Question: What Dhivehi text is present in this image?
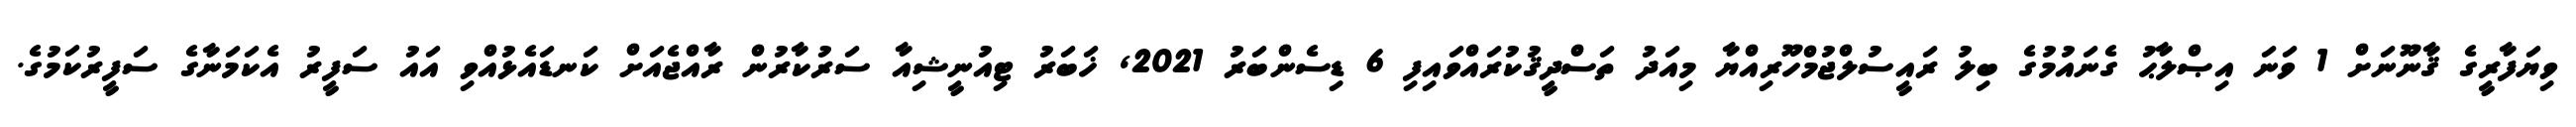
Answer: ވިޔަފާރީގެ ޤާނޫނަށް 1 ވަނަ އިޞްލާޙު ގެނައުމުގެ ބިލު ރައީސުލްޖުމްހޫރިއްޔާ މިއަދު ތަސްދީޤުކުރައްވައިފި 6 ޑިސެންބަރު 2021, ޚަބަރު ޓިއުނީޝިއާ ސަރުކާރުން ރާއްޖެއަށް ކަނޑައެޅުއްވި އައު ސަފީރު އެކަމަނާގެ ސަފީރުކަމުގެ.